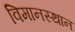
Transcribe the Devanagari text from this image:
विमानस्थान